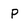
Character: p